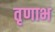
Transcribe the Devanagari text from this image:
तृणाभ